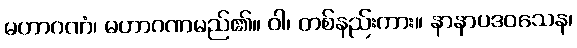
မဟာဂဏံ၊ မဟာဂဏမည်၏။ ဝါ၊ တစ်နည်းကား။ နာနာပဒဝသေန၊